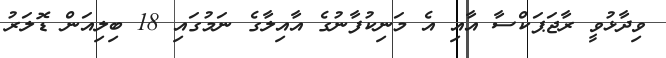
ވިދާޅުވީ ރާޖަޕަކްސާ އާއި އެ މަނިކުފާނުގެ އާއިލާގެ ނަމުގައި 18 ބިލިއަން ޑޮލަރު